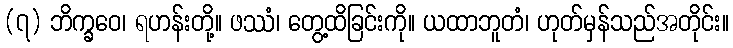
(၇) ဘိက္ခဝေ၊ ရဟန်းတို့။ ဖဿံ၊ တွေ့ထိခြင်းကို။ ယထာဘူတံ၊ ဟုတ်မှန်သည်အတိုင်း။